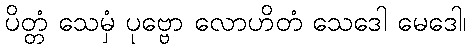
ပိတ္တံ သေမှံ ပုဗ္ဗော လောဟိတံ သေဒေါ မေဒေါ၊